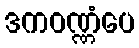
ဒကဝဏ္ဏံပေ